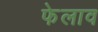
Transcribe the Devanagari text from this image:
फेलाव